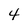
Character: 4